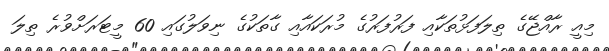
މިއީ ރާއްޖޭގެ ތިލަފަޅުތަކާއި ފަރުފަރުގެ މުރަކައާއި ގާތަކުގެ ނިވަލުގައި 60 މީޓަރަށްވުރެ ތިލަ